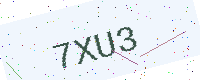
Text: 7XU3